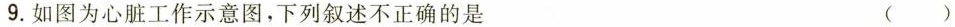
9.如图为心脏工作示意图，下列叙述不正确的是 ( )